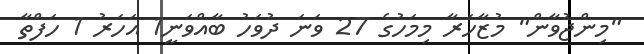
"މިންޖުވާން" މުޒާހަރާ މިމަހުގެ 27 ވަނަ ދުވަހު ބާއްވަނީ1 އަހަރު 1 ހަފްތާ